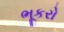
ભૂકરો